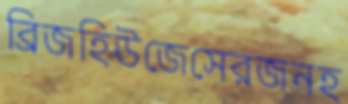
ব্রিজহিউজেসেরজনহ